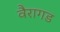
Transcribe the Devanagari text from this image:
वैरागड